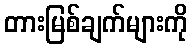
တားမြစ်ချက်များကို